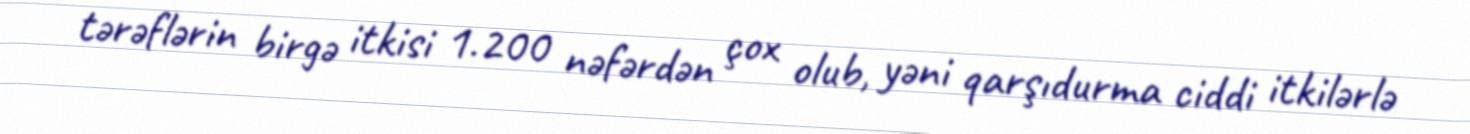
tərəflərin birgə itkisi 1.200 nəfərdən çox olub, yəni qarşıdurma ciddi itkilərlə